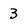
Character: 3